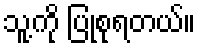
သူ့ကို ပြုစုရတယ်။